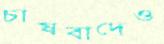
চাষবাদেও